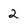
Character: 2